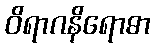
ဝိရာဂနိရောဓာ